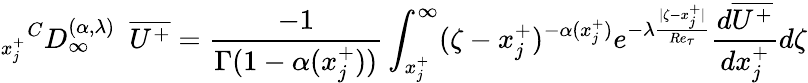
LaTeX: {_{x_{j}^{+}}}^{C}D_{\infty}^{(\alpha,{\lambda})}~~\overline{{U^{+}}}=\frac{-1}{\Gamma(1-\alpha(x_{j}^{+}))}\int_{x_{j}^{+}}^{\infty}(\zeta-x_{j}^{+})^{-\alpha(x_{j}^{+})}{e^{-\lambda\frac{|\zeta-x_{j}^{+}|}{Re_{\tau}}}}\frac{d\overline{{U^{+}}}}{dx_{j}^{+}}d\zeta